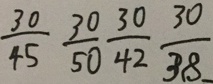
\frac { 3 0 } { 4 5 } \frac { 3 0 } { 5 0 } \frac { 3 0 } { 4 2 } \frac { 3 0 } { 3 8 }